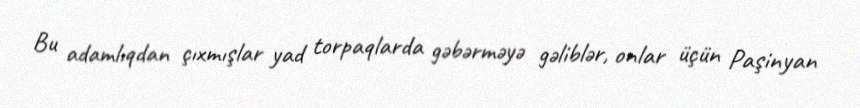
Bu adamlıqdan çıxmışlar yad torpaqlarda gəbərməyə gəliblər, onlar üçün Paşinyan